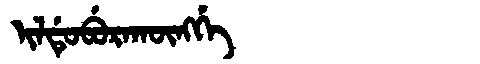
Manchu: ᡳᠯᡩᡠᠪᡠᡵᠠᡴᡡᠩᡤᡝ
Romanization: ILDUBURAKŪNGGE